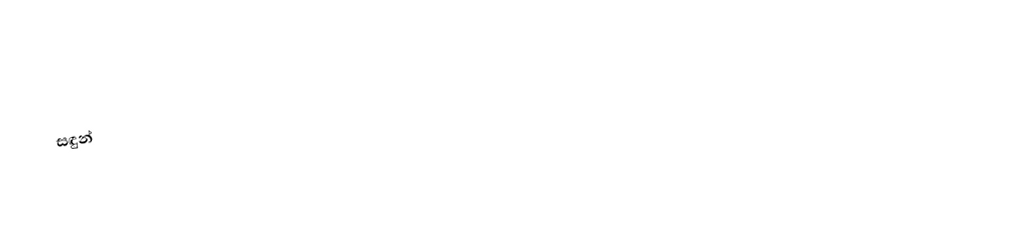
සඳුන්